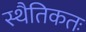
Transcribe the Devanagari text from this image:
स्थैतिकतः